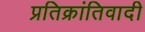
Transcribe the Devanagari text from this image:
प्रतिक्रांतिवादी